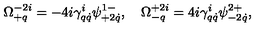
\Omega _ { + q } ^ { - 2 i } = - 4 i \gamma _ { q \dot { q } } ^ { i } \psi _ { + 2 \dot { q } } ^ { 1 - } , \quad \Omega _ { - q } ^ { + 2 i } = 4 i \gamma _ { q \dot { q } } ^ { i } \psi _ { - 2 \dot { q } } ^ { 2 + } ,